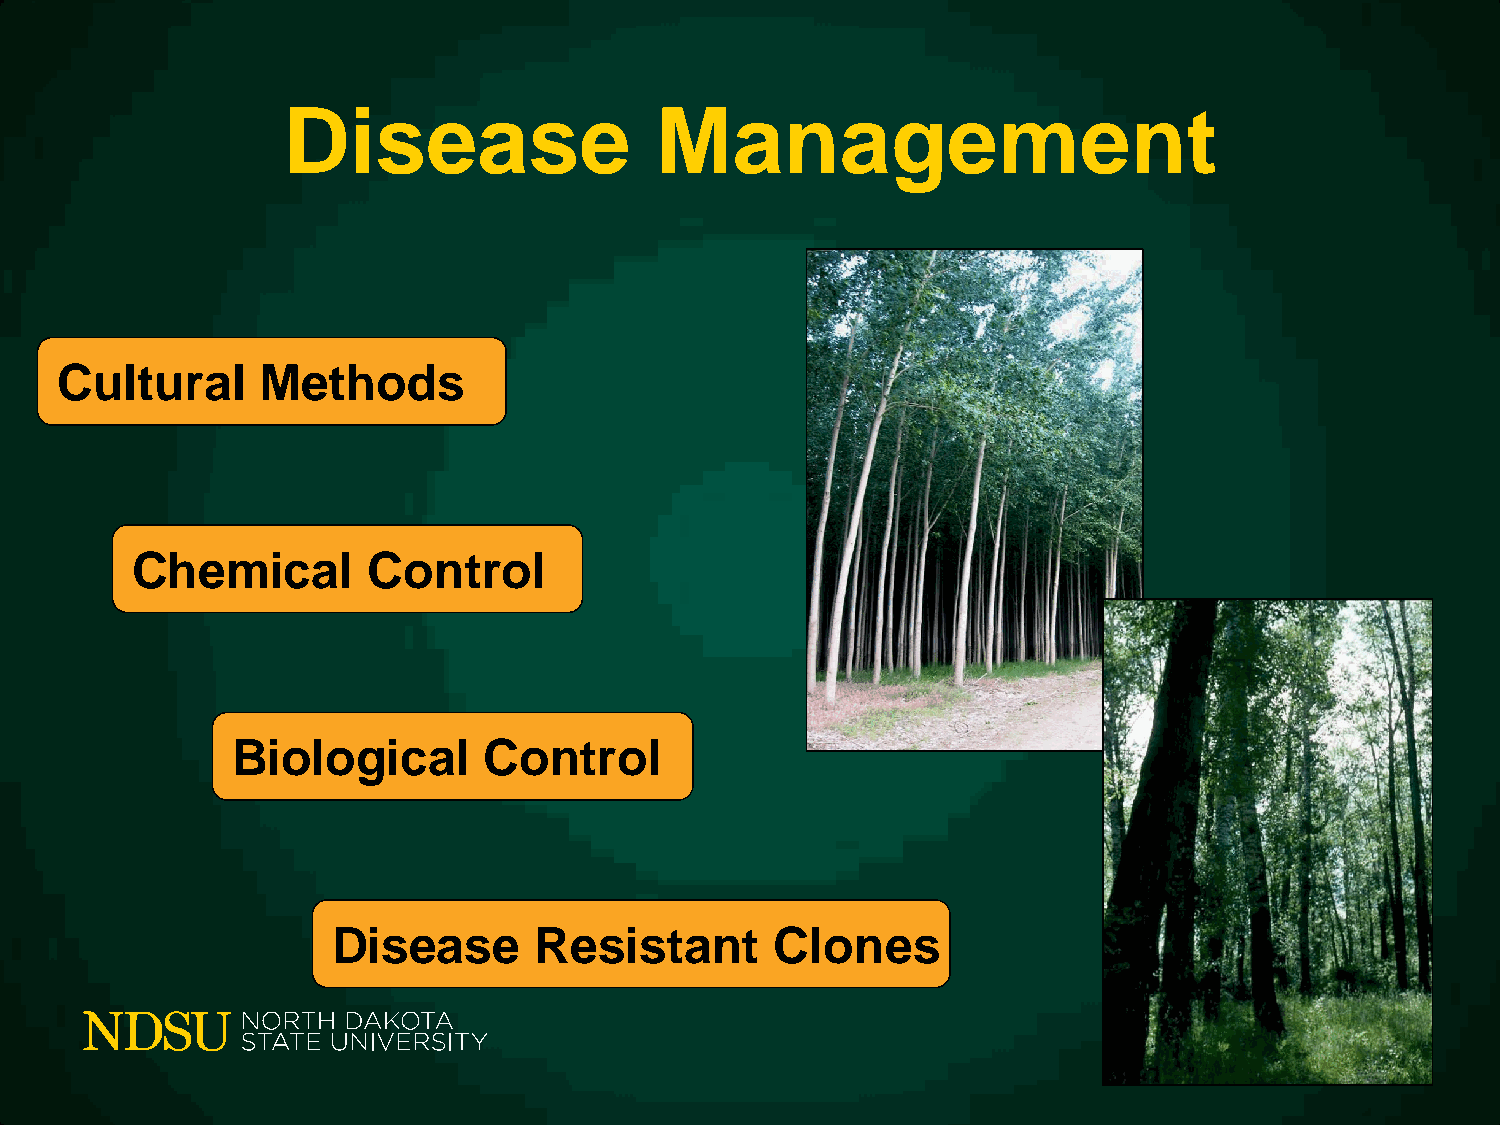
Disease                 Management
 Cultural     Methods
 Chemical       Control
 Biological       Control
 Disease      Resistant       Clones